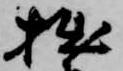
拙